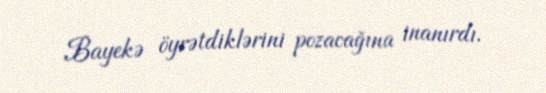
Bayekə öyrətdiklərini pozacağına inanırdı.